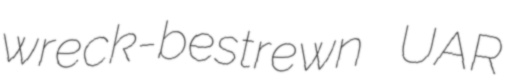
wreck-bestrewn UAR